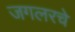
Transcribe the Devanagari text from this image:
जगलरचे